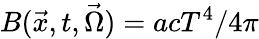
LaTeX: B(\vec{x},t,\vec{\Omega})=acT^{4}/4\pi